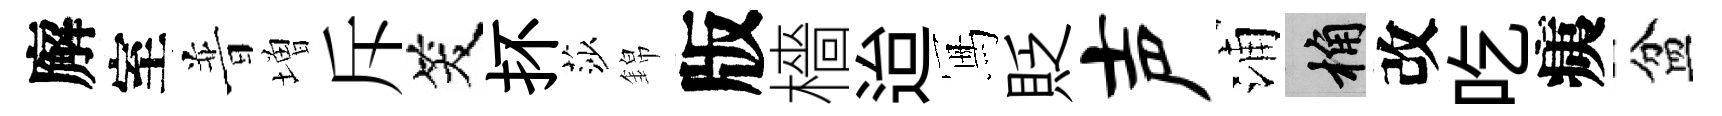
廨室普増斥笑抔莎錦版檣迨冩貶声浦桷改吃痍盆